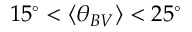
1 5 ^ { \circ } < \langle \theta _ { B V } \rangle < 2 5 ^ { \circ }